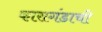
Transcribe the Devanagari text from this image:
कारागंडाची